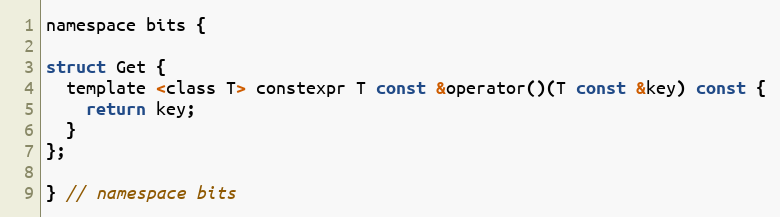
Language: C
namespace bits {

struct Get {
  template <class T> constexpr T const &operator()(T const &key) const {
    return key;
  }
};

} // namespace bits